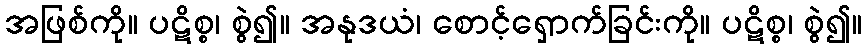
အဖြစ်ကို။ ပဋိစ္စ၊ စွဲ၍။ အနုဒယံ၊ စောင့်ရှောက်ခြင်းကို။ ပဋိစ္စ၊ စွဲ၍။